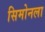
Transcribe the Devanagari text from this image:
सिमोनला